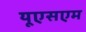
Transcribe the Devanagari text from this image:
यूएसएम